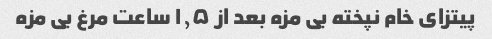
پیتزای خام نپخته بی مزه بعد از ۱٫۵ ساعت مرغ بی مزه